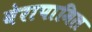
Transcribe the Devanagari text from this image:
वेरापामिल